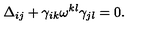
\Delta _ { i j } + \gamma _ { i k } \omega ^ { k l } \gamma _ { j l } = 0 .